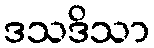
ဒသဒိသာ